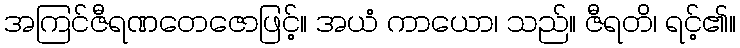
အကြင်ဇီရဏတေဇောဖြင့်။ အယံ ကာယော၊ သည်။ ဇီရတိ၊ ရင့်၏။